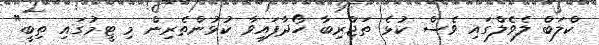
ކްލަބް ލެވެލްގައި ވެސް ކުޅެ ތަޖްރިބާ ހޯދާފައިވާ ކުޅުންތެރިން މި ޓީމުގައި ތިބީ"